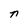
Character: n